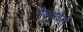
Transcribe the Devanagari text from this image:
मैक्सवैल